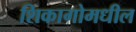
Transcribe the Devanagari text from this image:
शिकागोमधील